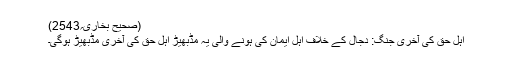
(صحیح بخاری؍2543)
اہل حق کی آخری جنگ: دجال کے خلاف اہل ایمان کی ہونے والی یہ مڈبھیڑ اہل حق کی آخری مڈبھیڑ ہوگی۔